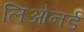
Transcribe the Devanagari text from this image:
लिओनर्ड